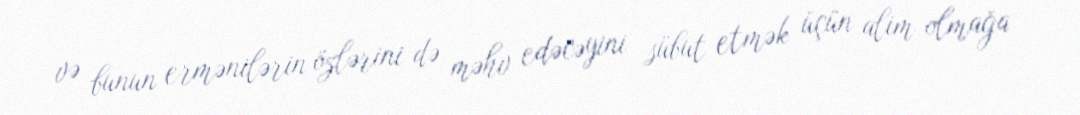
və bunun ermənilərin özlərini də məhv edəcəyini sübut etmək üçün alim olmağa